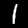
Digit: 1